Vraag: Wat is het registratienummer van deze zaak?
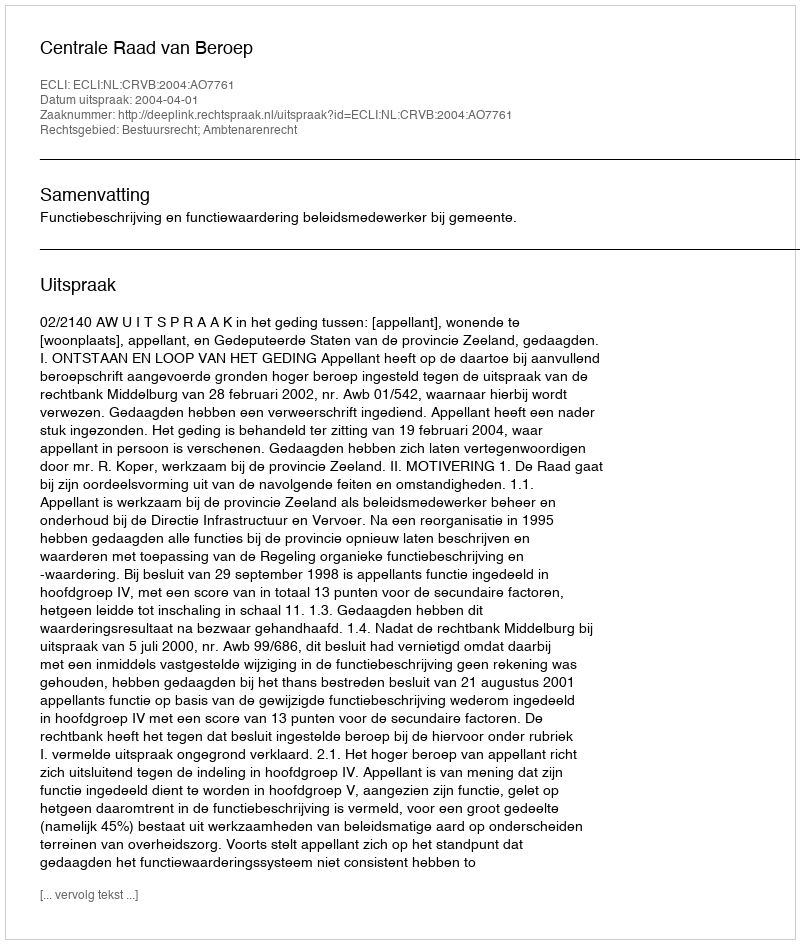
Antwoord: http://deeplink.rechtspraak.nl/uitspraak?id=ECLI:NL:CRVB:2004:AO7761